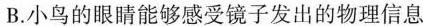
B.小鸟的眼睛能够感受镜子发出的物理信息